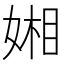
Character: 㜀